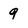
Character: 9